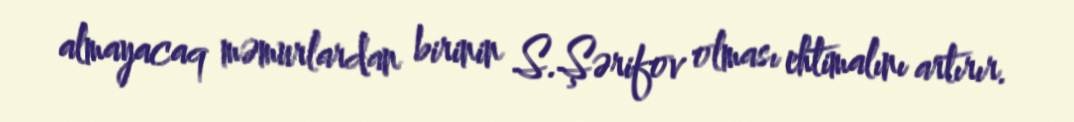
almayacaq məmurlardan birinin S.Şərifov olması ehtimalını artırır.